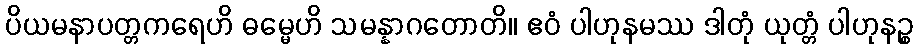
ပိယမနာပတ္တကရေဟိ ဓမ္မေဟိ သမန္နာဂတောတိ။ ဧဝံ ပါဟုနမဿ ဒါတုံ ယုတ္တံ ပါဟုနဉ္စ